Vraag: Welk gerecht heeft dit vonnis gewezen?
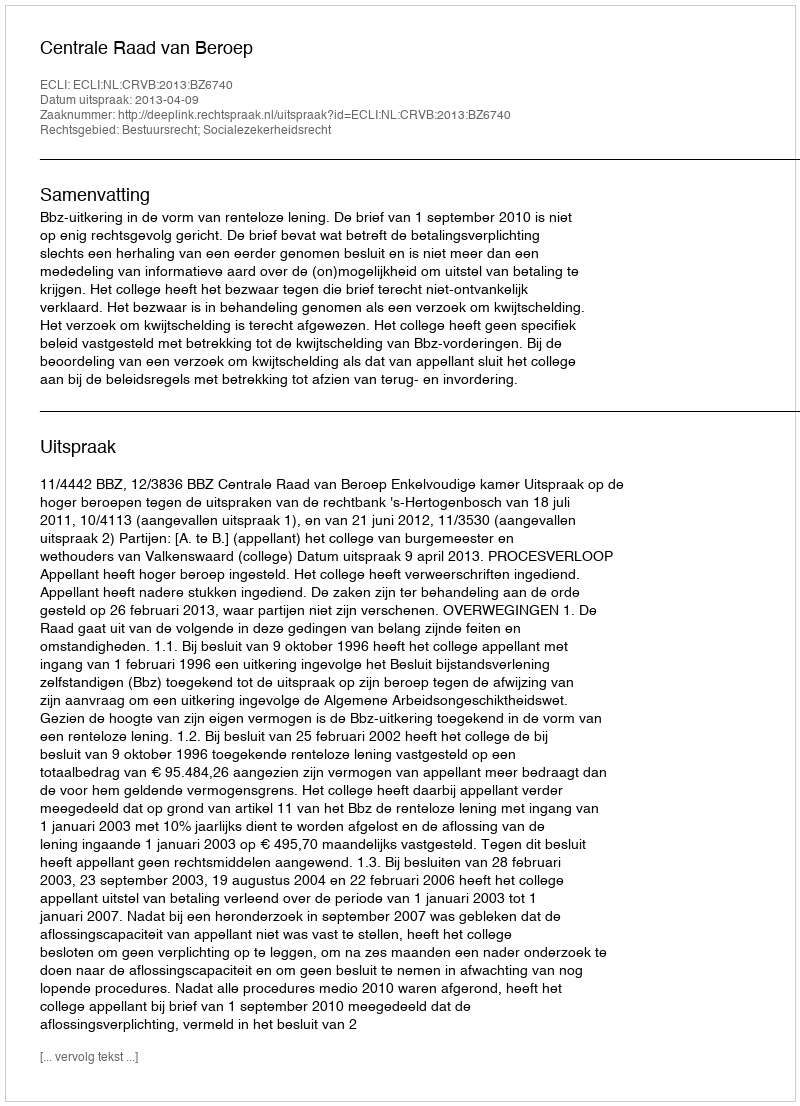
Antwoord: Centrale Raad van Beroep